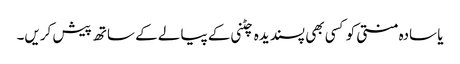
یا سادہ منتی کو کسی بھی پسندیدہ چٹنی کے پیالے کے ساتھ پیش کریں۔